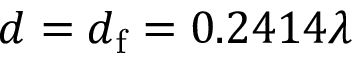
d = d _ { \mathrm { f } } = 0 . 2 4 1 4 \lambda